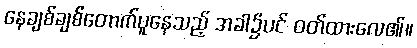
နေချစ်ချစ်တောက်ပူနေသည့် အခါ၌ပင် ဝတ်ထားလေ၏။